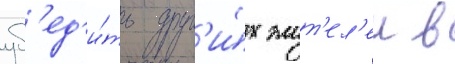
уб'ед'и́ть друг'и́х жит'ел'еи в